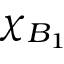
\chi _ { B _ { 1 } }